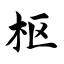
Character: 枢